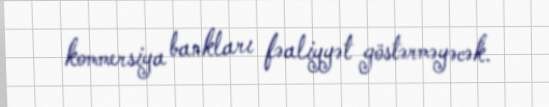
kommersiya bankları fəaliyyət göstərməyəcək.